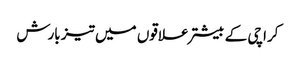
کراچی کے بیشتر علاقوں میں تیز بارش